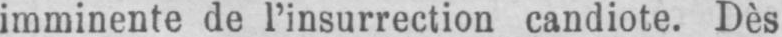
imminente de l’insurrection candiote. Dès